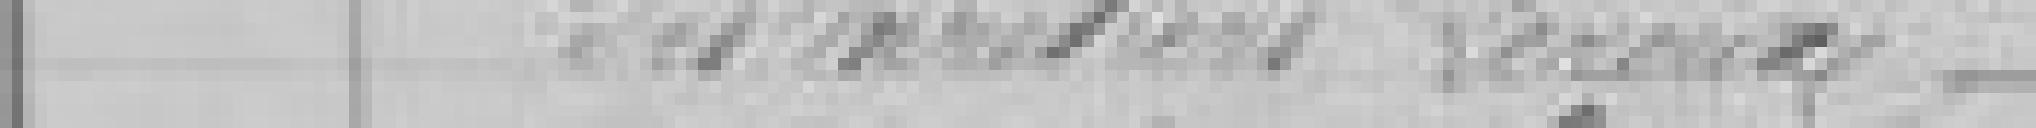
des héritiers LEROUX